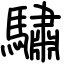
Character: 驌